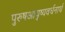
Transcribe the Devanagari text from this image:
पुरुषआयुष्यवर्धनार्थ